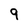
Character: 9